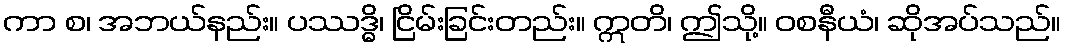
ကာ စ၊ အဘယ်နည်း။ ပဿဒ္ဓိ၊ ငြိမ်းခြင်းတည်း။ ဣတိ၊ ဤသို့။ ဝစနီယံ၊ ဆိုအပ်သည်။